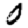
Digit: 0